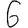
Digit: 6